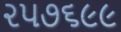
૨૫૭૬૯૯